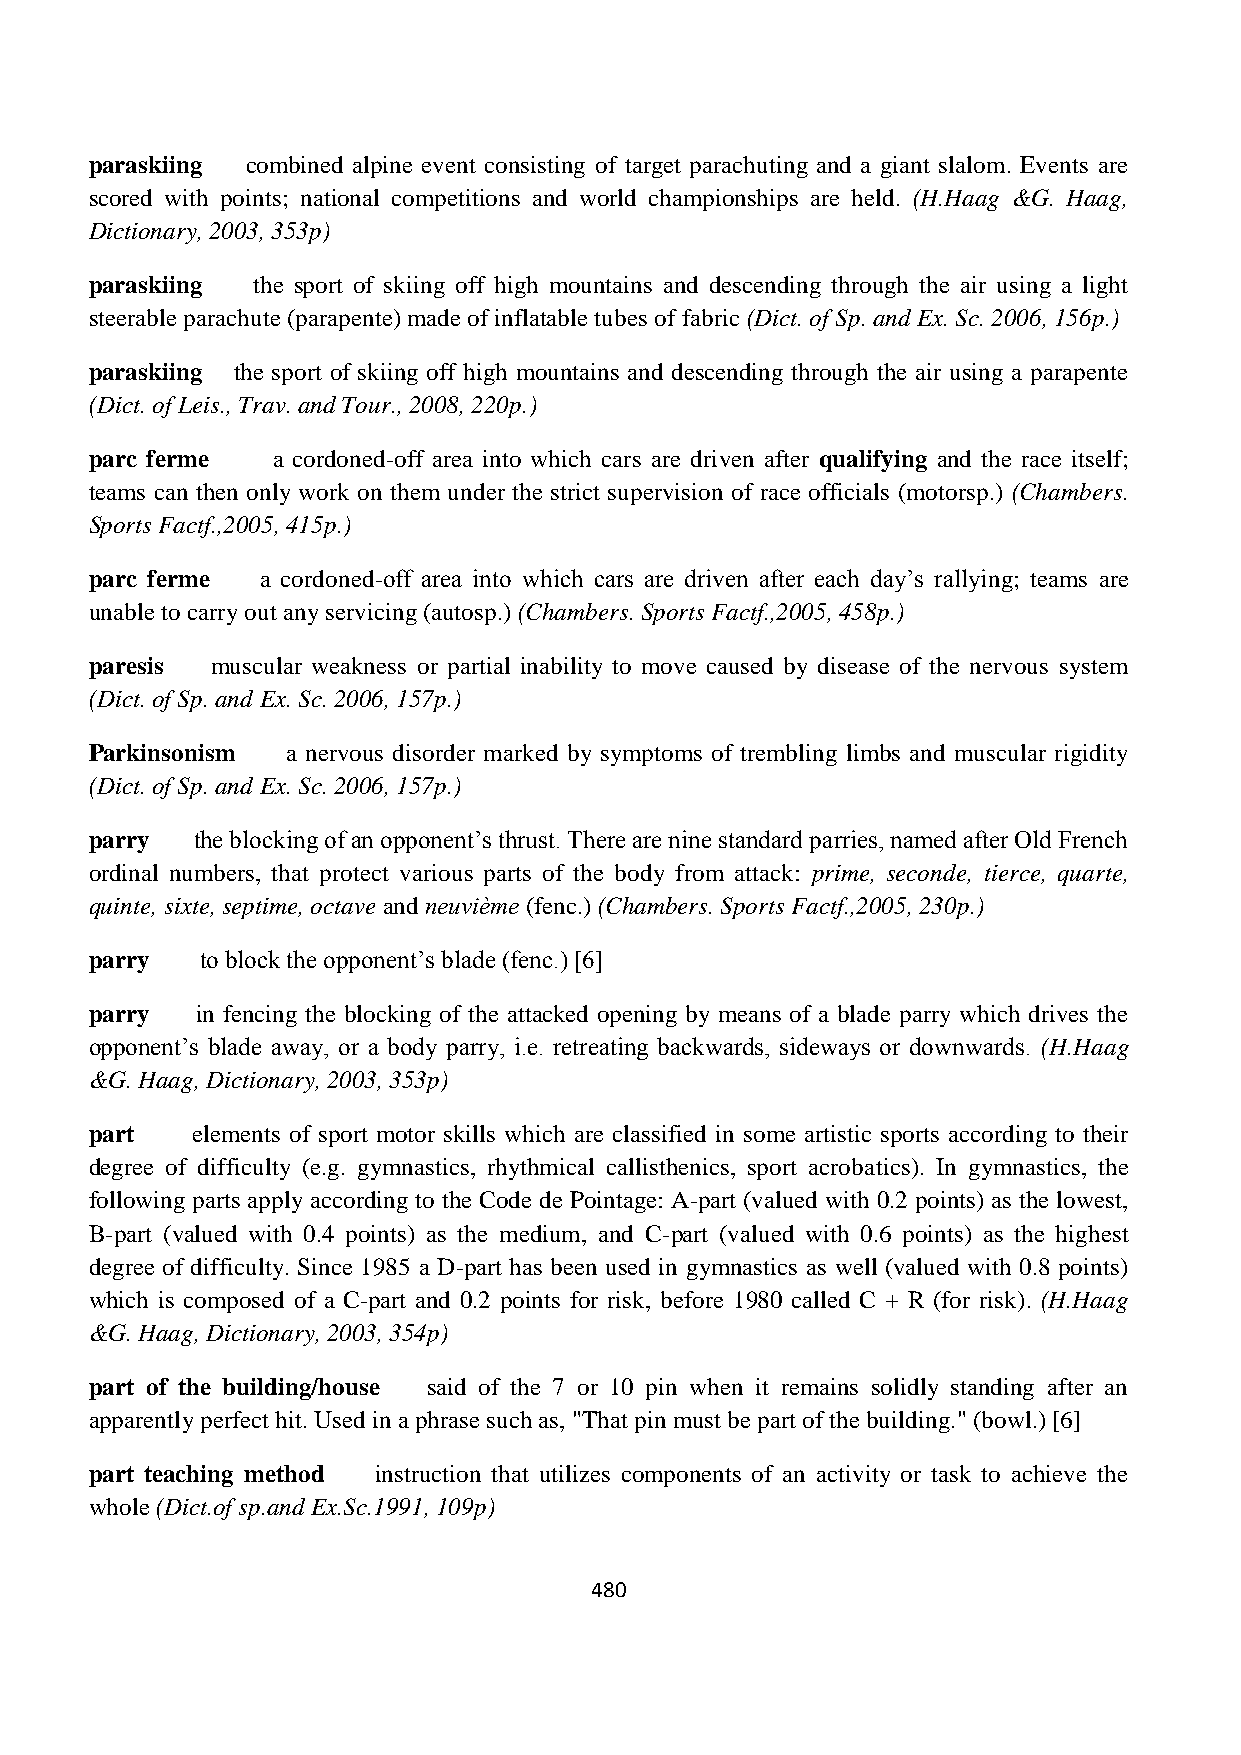
paraskiing combined alpine event consisting of target parachuting and a giant slalom. Events are
 scored with points; national competitions and world championships are held. (H.Haag &G. Haag,
 Dictionary, 2003, 353p)
 paraskiing the sport of skiing off high mountains and descending through the air using a light
 steerable parachute (parapente) made of inflatable tubes of fabric (Dict. of Sp. and Ex. Sc. 2006, 156p.)
 paraskiing the sport of skiing off high mountains and descending through the air using a parapente
 (Dict. of Leis., Trav. and Tour., 2008, 220p.)
 parc ferme  a cordoned-off area into which cars are driven after qualifying and the race itself;
 teams can then only work on them under the strict supervision of race officials (motorsp.) (Chambers.
 Sports Factf.,2005, 415p.)
 parc ferme a cordoned-off area into which cars are driven after each day’s rallying; teams are
 unable to carry out any servicing (autosp.) (Chambers. Sports Factf.,2005, 458p.)
 paresis muscular weakness or partial inability to move caused by disease of the nervous system
 (Dict. of Sp. and Ex. Sc. 2006, 157p.)
 Parkinsonism a nervous disorder marked by symptoms of trembling limbs and muscular rigidity
 (Dict. of Sp. and Ex. Sc. 2006, 157p.)
 parry  the blocking of an opponent’s thrust. There are nine standard parries, named after Old French
 ordinal numbers, that protect various parts of the body from attack: prime, seconde, tierce, quarte,
 quinte, sixte, septime, octave and neuvième (fenc.) (Chambers. Sports Factf.,2005, 230p.)
 parry  to block the opponent’s blade (fenc.) [6]
 parry  in fencing the blocking of the attacked opening by means of a blade parry which drives the
 opponent’s blade away, or a body parry, i.e. retreating backwards, sideways or downwards. (H.Haag
 &G. Haag, Dictionary, 2003, 353p)
 part   elements of sport motor skills which are classified in some artistic sports according to their
 degree of difficulty (e.g. gymnastics, rhythmical callisthenics, sport acrobatics). In gymnastics, the
 following parts apply according to the Code de Pointage: A-part (valued with 0.2 points) as the lowest,
 B-part (valued with 0.4 points) as the medium, and C-part (valued with 0.6 points) as the highest
 degree of difficulty. Since 1985 a D-part has been used in gymnastics as well (valued with 0.8 points)
 which is composed of a C-part and 0.2 points for risk, before 1980 called C + R (for risk). (H.Haag
 &G. Haag, Dictionary, 2003, 354p)
 part of the building/house said of the 7 or 10 pin when it remains solidly standing after an
 apparently perfect hit. Used in a phrase such as, "That pin must be part of the building." (bowl.) [6]
 part teaching method instruction that utilizes components of an activity or task to achieve the
 whole (Dict.of sp.and Ex.Sc.1991, 109p)
 480